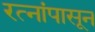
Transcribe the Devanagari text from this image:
रत्‍नांपासून